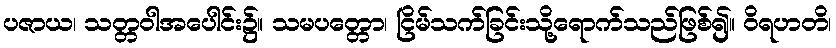
ပဇာယ၊ သတ္တဝါအပေါင်း၌။ သမပတ္တော၊ ငြိမ်သက်ခြင်းသို့ရောက်သည်ဖြစ်၍။ ဝိရဟတိ၊